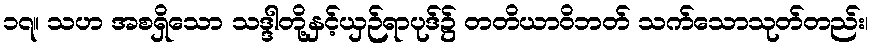
၁၇။ သဟ အစရှိသော သဒ္ဒါတို့နှင့်ယှဉ်ရာပုဒ်၌ တတိယာဝိဘတ် သက်သောသုတ်တည်း၊